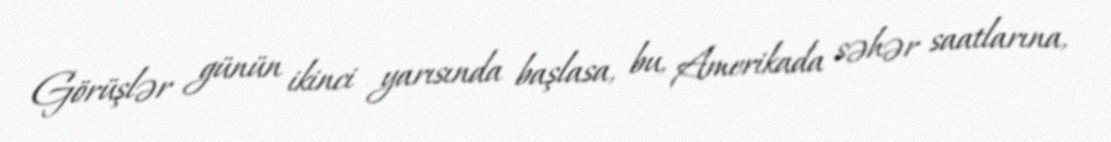
Görüşlər günün ikinci yarısında başlasa, bu, Amerikada səhər saatlarına,